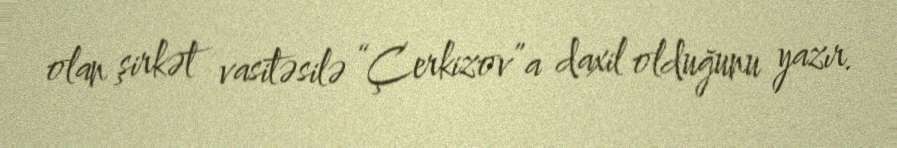
olan şirkət vasitəsilə “Çerkizov”a daxil olduğunu yazır.